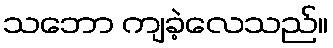
သဘော ကျခဲ့လေသည်။